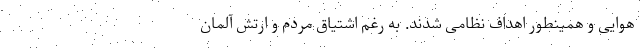
هوایی و همینطور اهداف نظامی شدند. به رغم اشتیاق مردم و ارتش آلمان